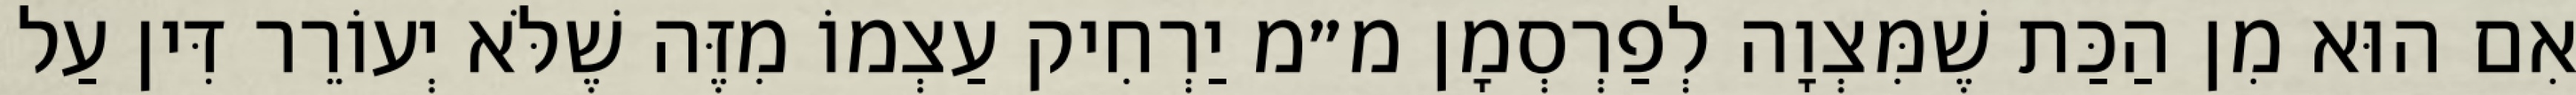
אִם הוּא מִן הַכַּת שֶׁמִּצְוָה לְפַרְסְמָן מ״מ יַרְחִיק עַצְמוֹ מִזֶּה שֶׁלֹּא יְעוֹרֵר דִּין עַל